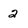
Character: 2